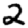
Digit: 2